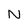
Character: N